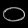
Digit: ၀